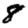
Digit: 8